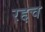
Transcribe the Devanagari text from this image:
रद्दच